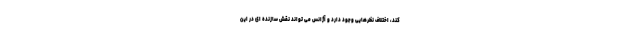
کند، اختلاف نظرهایی وجود دارد و آژانس می تواند نقش سازنده ای در این